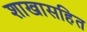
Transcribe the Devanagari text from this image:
शाखासहित